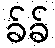
ခ်ခ်